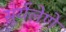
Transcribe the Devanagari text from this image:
सूर्यलेणे